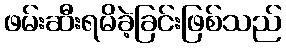
ဖမ်းဆီးရမိခဲ့ခြင်းဖြစ်သည်